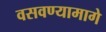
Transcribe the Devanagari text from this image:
वसवण्यामागे